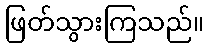
ဖြတ်သွားကြသည်။